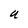
Character: U